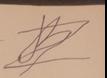
Signature authenticity: forged